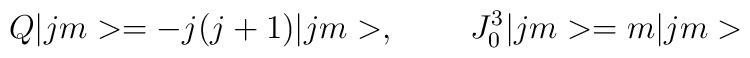
Q|jm>=-j(j+1)|jm>,\;\;\;\;\;\;\;\;J^3_0|jm>=m|jm>